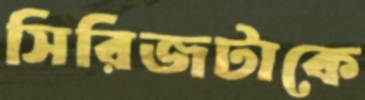
সিরিজটাকে